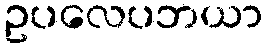
ဥပလေပဘယာ